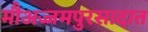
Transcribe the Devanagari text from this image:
मौअज्जमपुरसादात